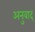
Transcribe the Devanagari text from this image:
अनुवाद्